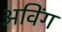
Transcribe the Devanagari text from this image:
अविंग